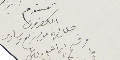
سمسوم الكفرون حلل لهما من رابع وسادس